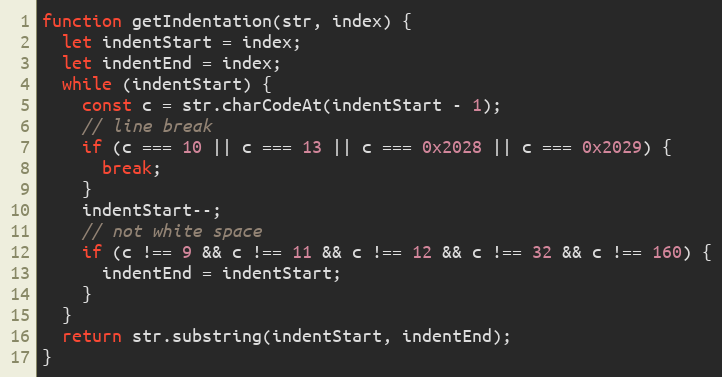
Language: JavaScript
function getIndentation(str, index) {
  let indentStart = index;
  let indentEnd = index;
  while (indentStart) {
    const c = str.charCodeAt(indentStart - 1);
    // line break
    if (c === 10 || c === 13 || c === 0x2028 || c === 0x2029) {
      break;
    }
    indentStart--;
    // not white space
    if (c !== 9 && c !== 11 && c !== 12 && c !== 32 && c !== 160) {
      indentEnd = indentStart;
    }
  }
  return str.substring(indentStart, indentEnd);
}